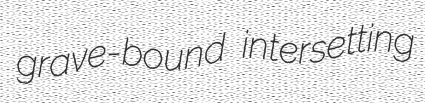
grave-bound intersetting